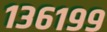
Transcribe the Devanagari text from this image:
१३६१९९